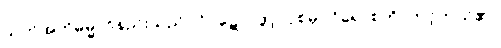
သုတ်အဘိဓမ္မာဝိနည်းသည်။ ဝိဝဋော၊ ဖွင့်လှစ်မှ။ ဝိရောစတိ၊ တင့်တယ်၏။